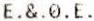
E.&.0.E.